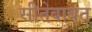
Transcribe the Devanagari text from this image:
सीतेबाबत